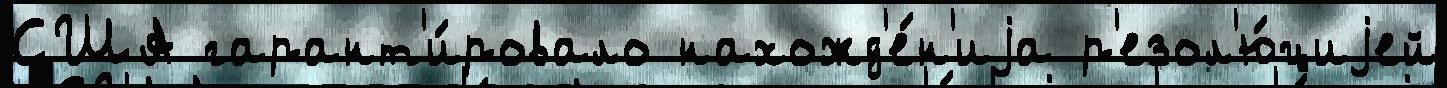
США гарант'и́ровало нахожд'е́н'иjа р'езол'ю́циjей